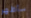
سأظهر